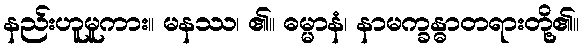
နည်းဟူမူကား။ မနဿ၊ ၏။ ဓမ္မာနံ၊ နာမက္ခန္ဓာတရားတို့၏။